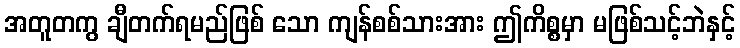
အတူတကွ ချီတက်ရမည်ဖြစ် သော ကျန်စစ်သားအား ဤကိစ္စမှာ မဖြစ်သင့်ဘဲနှင့်